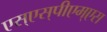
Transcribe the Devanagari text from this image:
एस्‌एस्‌पीएम्‌एस